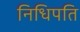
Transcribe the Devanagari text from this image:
निधिपति